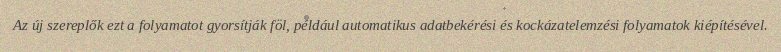
Az új szereplők ezt a folyamatot gyorsítják föl, például automatikus adatbekérési és kockázatelemzési folyamatok kiépítésével.